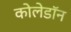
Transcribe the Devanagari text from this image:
कोलेडॉन